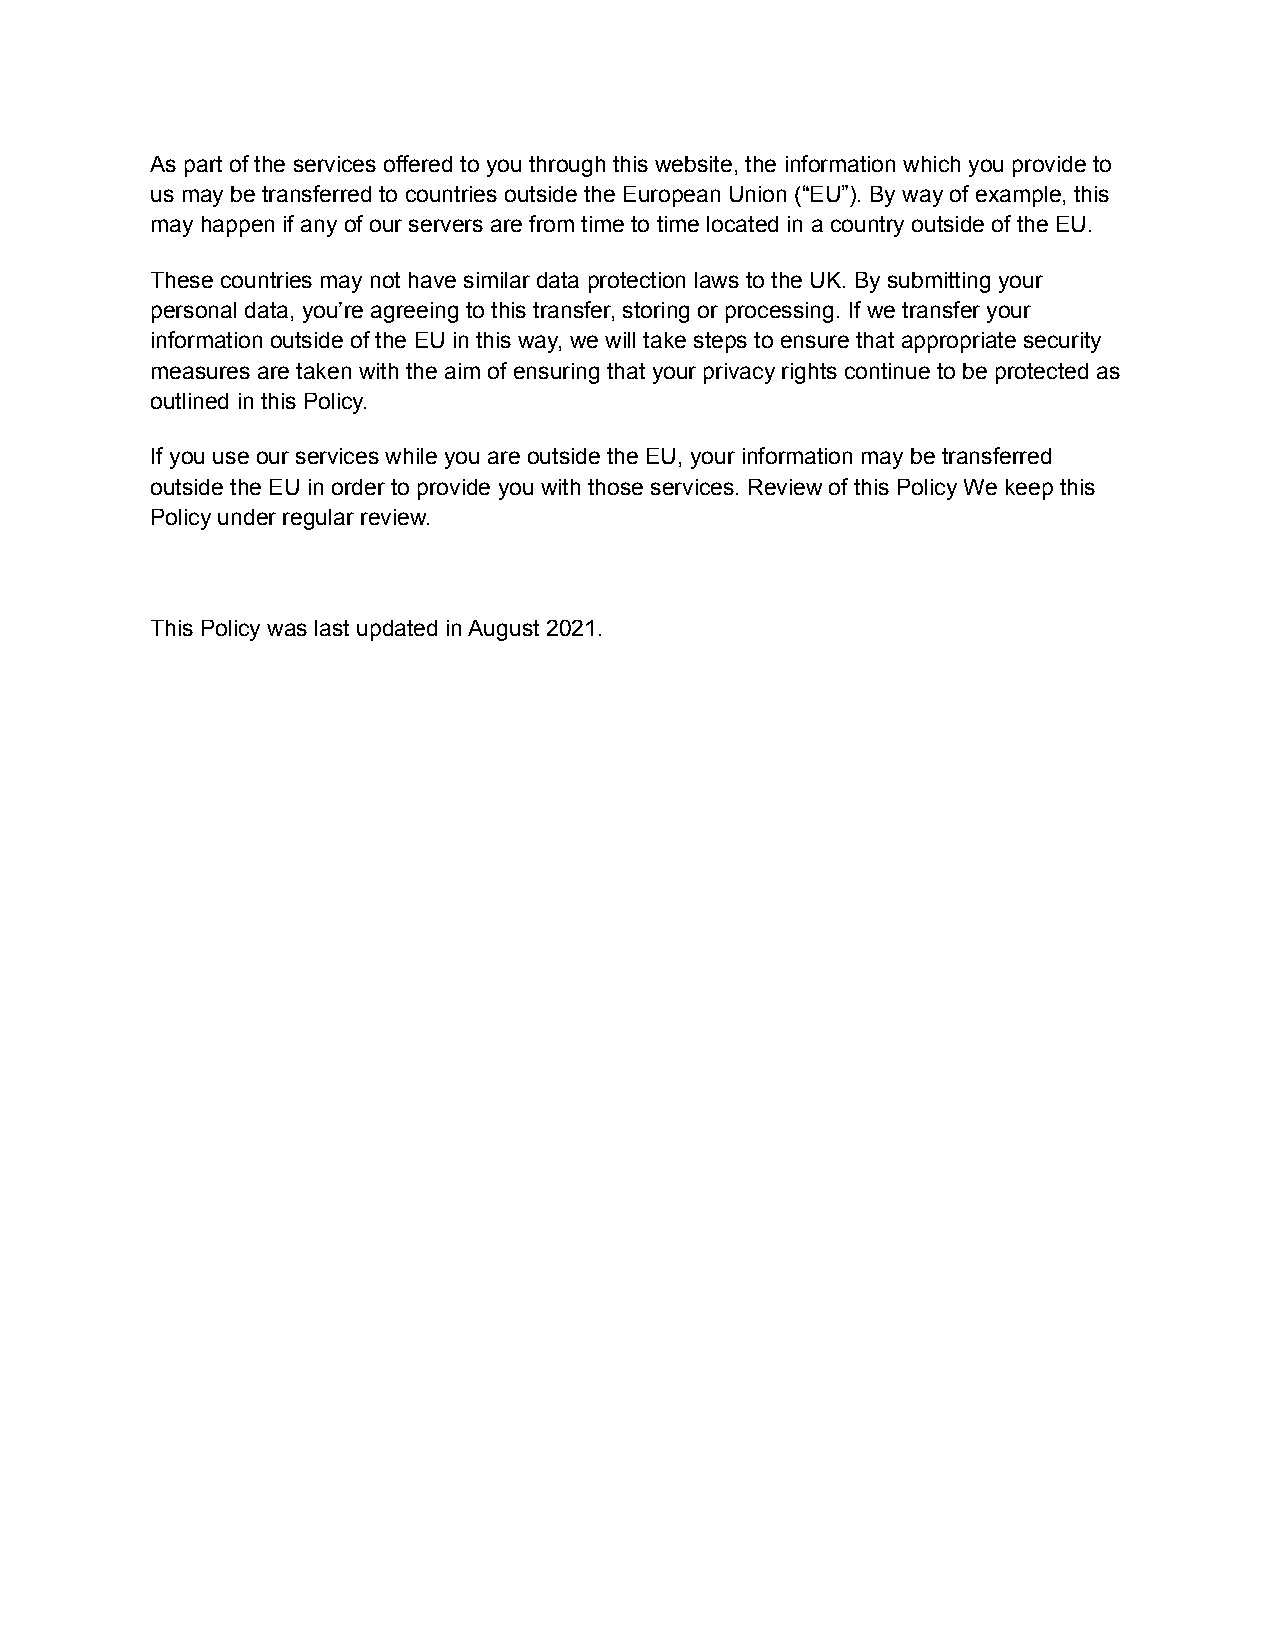
As part of the services offered to you through this website, the information which you provide to
 us may be transferred to countries outside the European Union (“EU”). By way of example, this
 may happen if any of our servers are from time to time located in a country outside of the EU.
 These countries may not have similar data protection laws to the UK. By submitting your
 personal data, you’re agreeing to this transfer, storing or processing. If we transfer your
 information outside of the EU in this way, we will take steps to ensure that appropriate security
 measures are taken with the aim of ensuring that your privacy rights continue to be protected as
 outlined in this Policy.
 If you use our services while you are outside the EU, your information may be transferred
 outside the EU in order to provide you with those services. Review of this Policy We keep this
 Policy under regular review.
 This Policy was last updated in August 2021.